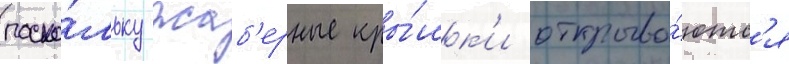
поско́льку жаб'ерные кры́шк'и открыва́ютс'я